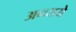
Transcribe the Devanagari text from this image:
अन्व्यये